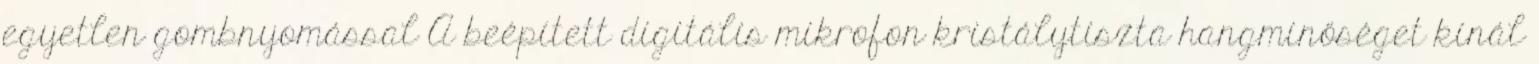
egyetlen gombnyomással A beépített digitális mikrofon kristálytiszta hangminőséget kínál